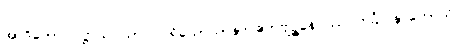
အာဒိတော ပဋ္ဌာယ ယာဝ ပရိယောသာနာ ဧကဗျဉ္ဇနေပိဿ ကင်္ခါ နာဟောသိ။